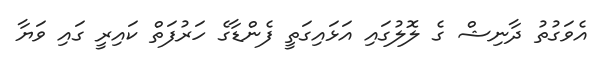
އެވަގުތު ދާނިޝް ގެ ލޮލުގައި އަޅައިގަތީ ފެންޑާގެ ހަރުފަތް ކައިރީ ގައި ވަޔާ